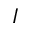
I